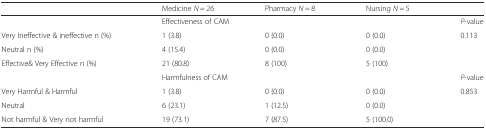
<table><thead><tr><td></td><td><b>Medicine <i>N</i> = 26</b></td><td><b>Pharmacy <i>N</i> = 8</b></td><td><b>Nursing <i>N</i> = 5</b></td><td></td></tr></thead><tbody><tr><td></td><td colspan="3">Effectiveness of CAM</td><td><i>P</i>-value</td></tr><tr><td>Very Ineffective &amp; ineffective n (%)</td><td>1 (3.8)</td><td>0 (0.0)</td><td>0 (0.0)</td><td rowspan="3">0.113</td></tr><tr><td>Neutral n (%)</td><td>4 (15.4)</td><td>0 (0.0)</td><td>0 (0.0)</td></tr><tr><td>Effective&amp; Very Effective n (%)</td><td>21 (80.8)</td><td>8 (100)</td><td>5 (100)</td></tr><tr><td></td><td colspan="3">Harmfulness of CAM</td><td><i>P</i>-value</td></tr><tr><td>Very Harmful &amp; Harmful</td><td>1 (3.8)</td><td>0 (0.0)</td><td>0 (0.0)</td><td rowspan="3">0.853</td></tr><tr><td>Neutral</td><td>6 (23.1)</td><td>1 (12.5)</td><td>0 (0.0)</td></tr><tr><td>Not harmful &amp; Very not harmful</td><td>19 (73.1)</td><td>7 (87.5)</td><td>5 (100.0)</td></tr></tbody></table>